Leningradi_Edasi_toimetus, lk 93
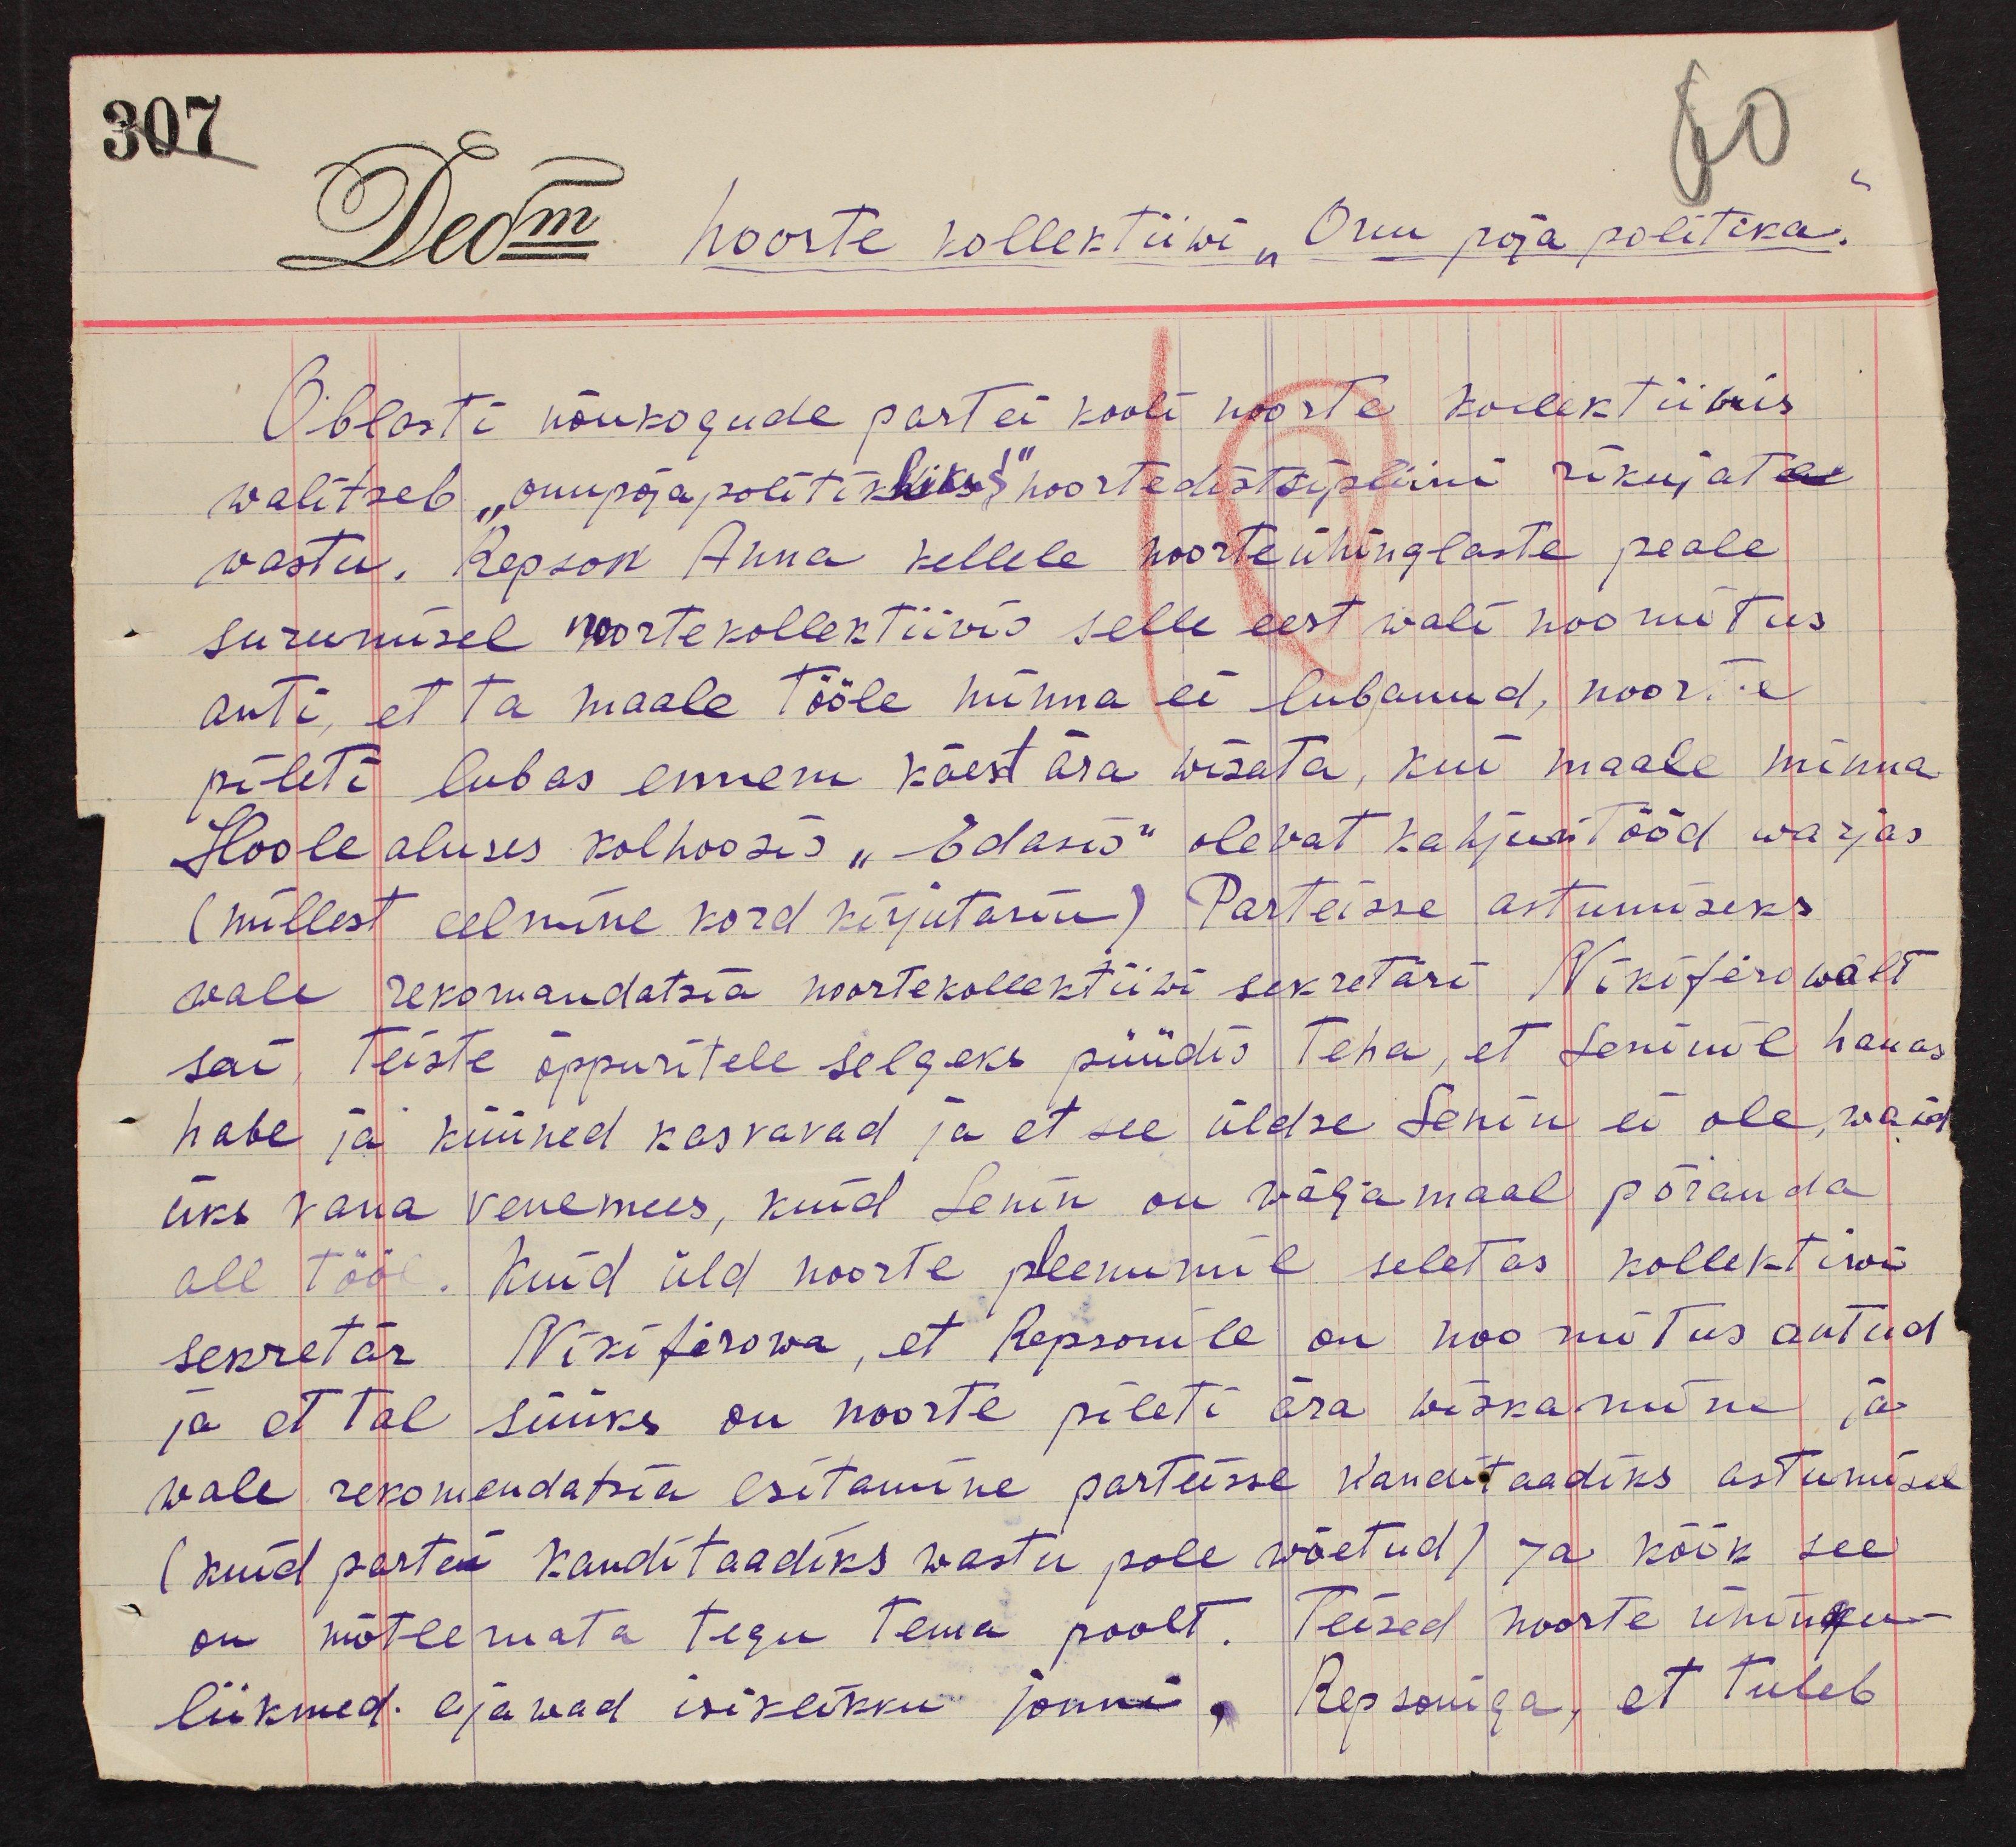
307

60
noorte kollektiiwi "Onu poja politika."
Oblasti nõukogude partei kooli noorte kollektiiwis
walitseb "onupojapolitiklikus" noortedistsipliini rikujate
vastu. Repson Anna kellele noorteühinglaste peale
surumisel noortekollektiiwis selle eest wali noomitus
anti, et ta maale tööle minna ei lubanud, noorte
pileti lubas ennem käest ära wisata, kui maale minna.
Hoolealuses kolhoosis "Edasis" olevat kahjuritööd warjas
(millest eelmine kord kirjutasin) Parteisse astumiseks
wale rekomandatsia noortekollektiiwi sekretäri Nikiferowalt
sai, teiste õppuritele selgeks püüdis teha, et Leninil hauas
habe ja küüned kasvavad ja et see üldse Lenin ei ole, waid
üks vana venemees, kuid Lenin on wäljamaal põranda
all tööl. Kuid üld noorte pleenumil seletas kollektiwi
sekretär Nikiferowa, et Repsonile on noomitus antud
ja et tal süüks on noorte pileti ära wiskamine ja
wale rekomendatsia esitamine parteisse kanditaadiks astumisel
(kuid partei kanditaadiks wastu pole wõetud) ja kõik see
on mõtlemata tegu tema poolt. Teised noorte ühingu-
liikmed ajawad isiklikku jonni, Repsoniga, et tuleb